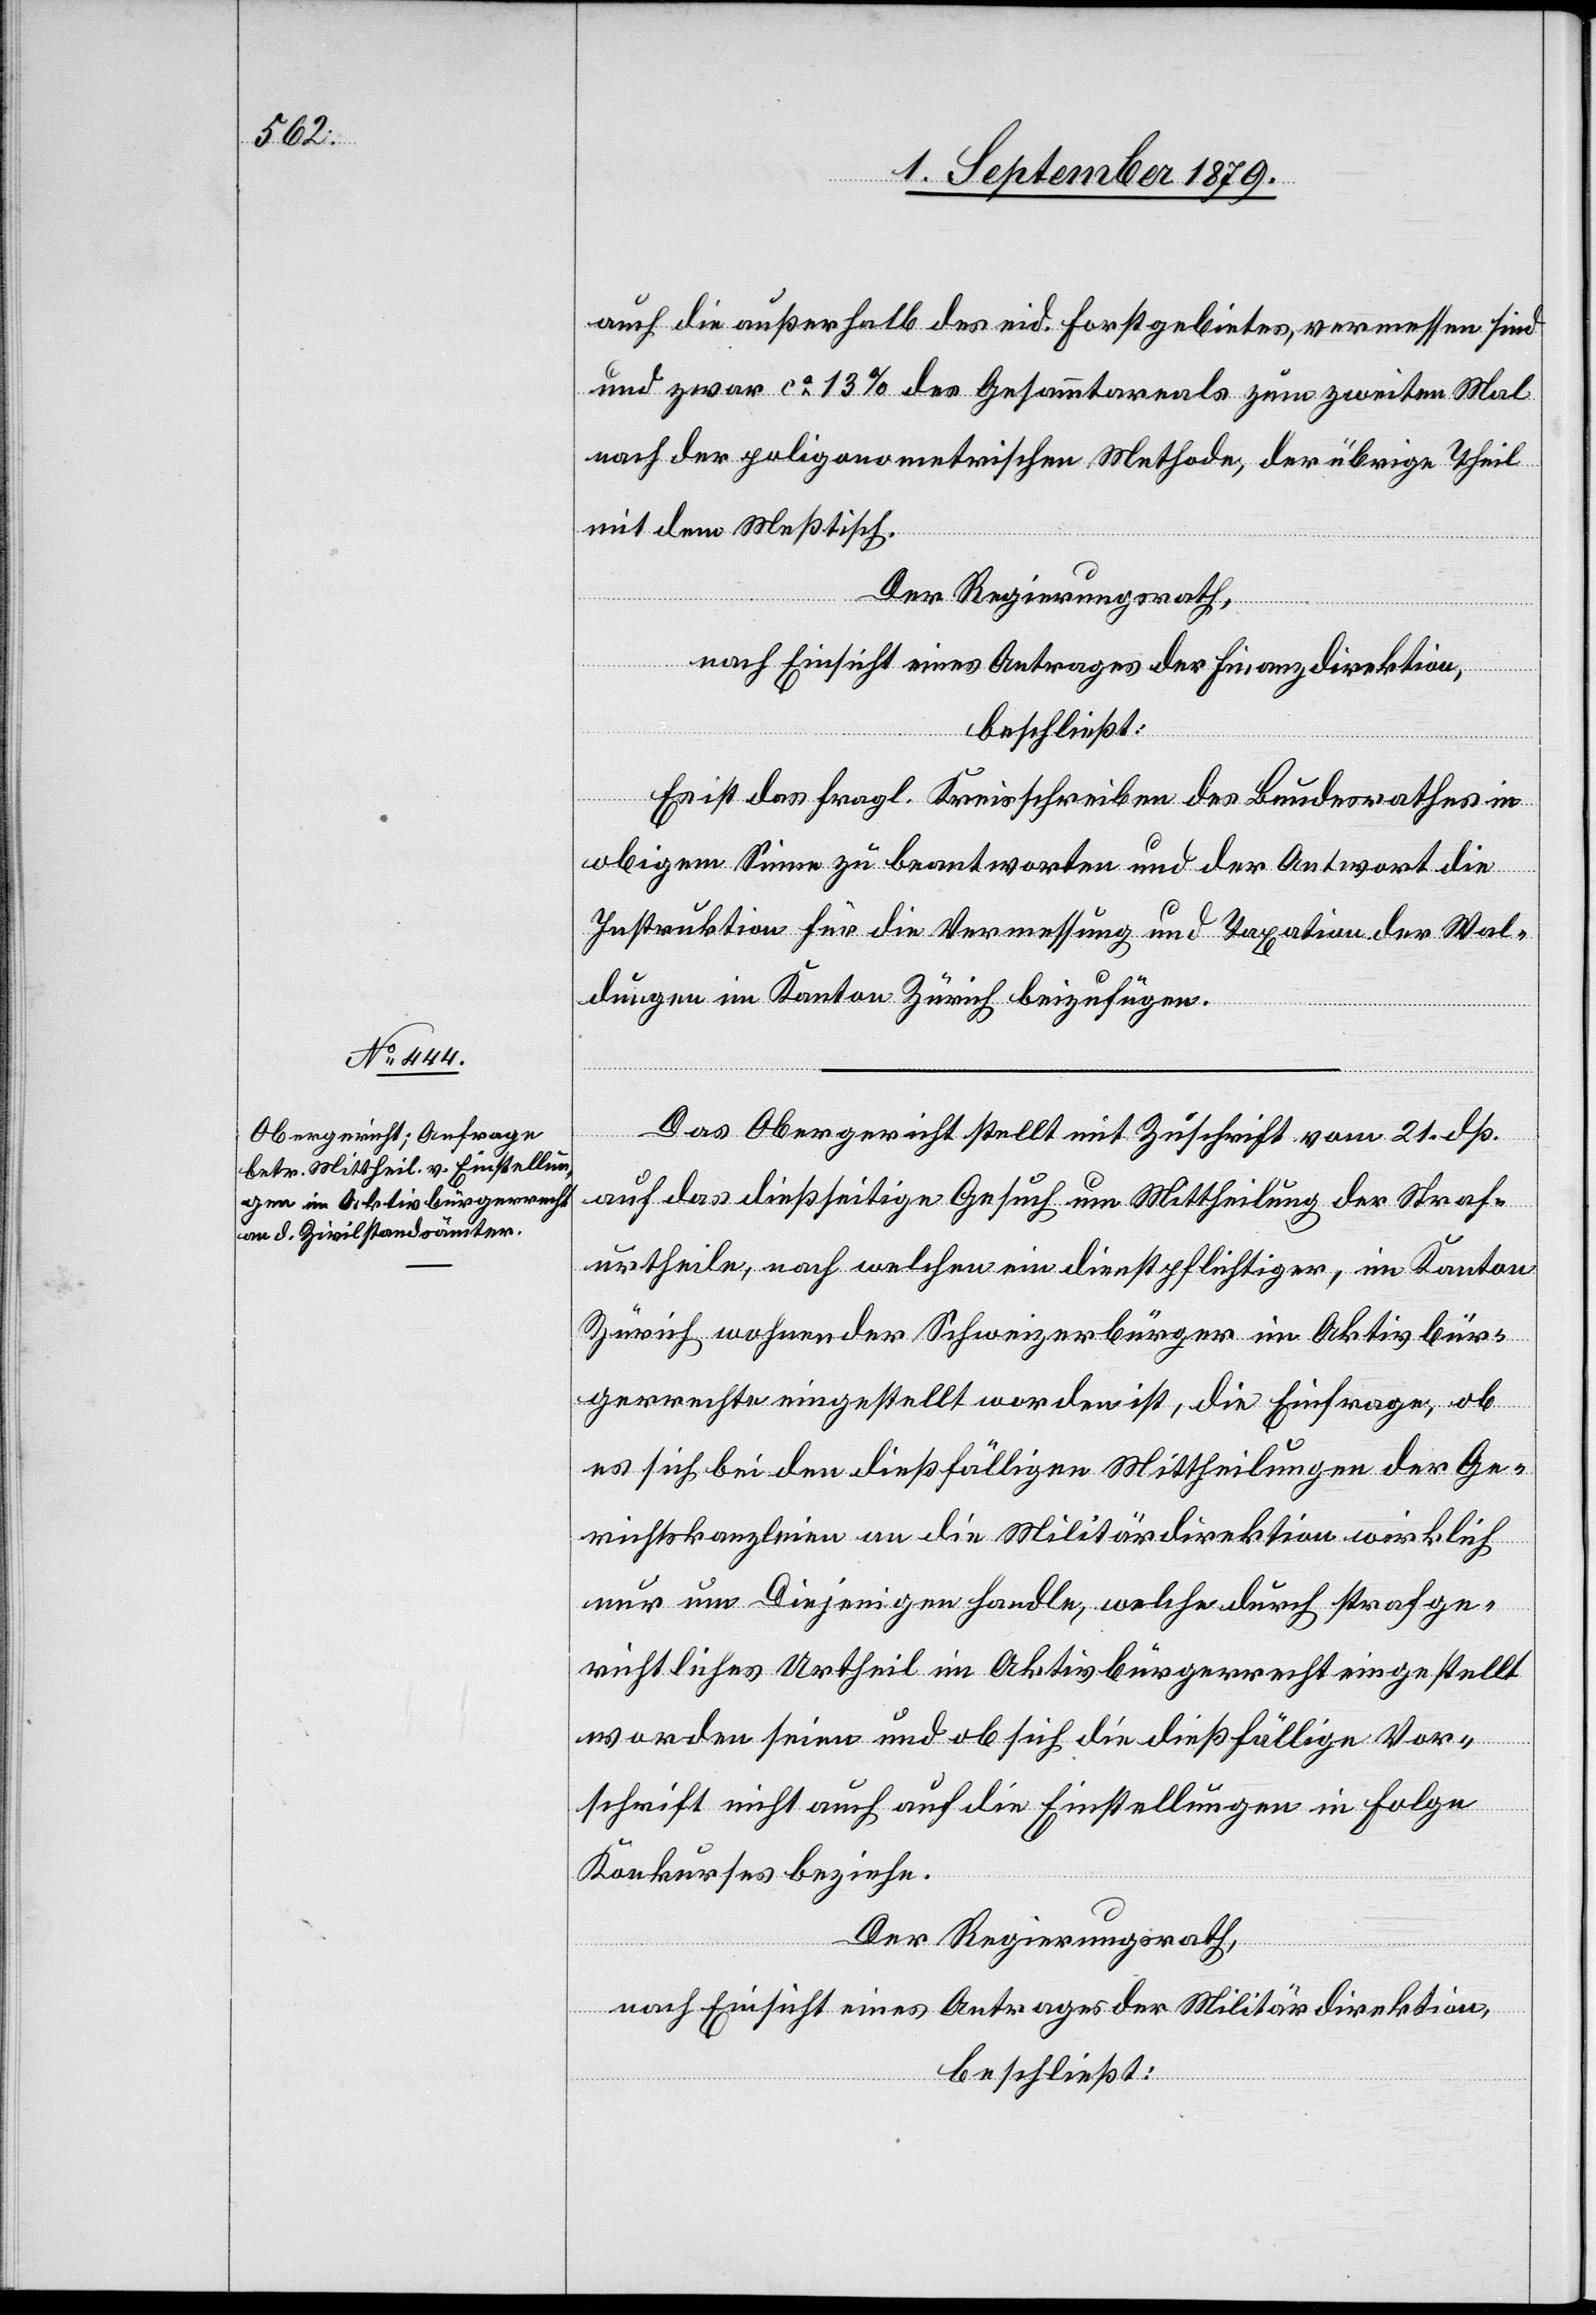
auch die außerhalb des eid. Forstgebietes, vermessen sind
und zwar ca 13% des Gesammtareals zum zweiten Mal
nach der poligonometrischen Methode, der übrige Theil
mit dem Meßtisch.
Der Regierungsrath,
nach Einsicht eines Antrages der Finanzdirektion,
beschließt:
Es ist das fragl. Kreisschreiben des Bundesrathes in
obigem Sinne zu beantworten und der Antwort die
Instruktion für die Vermessung und Taxation der Wal¬
dungen im Kanton Zürich beizufügen.
Das Obergericht stellt mit Zuschrift vom 21. dß.
auf das dießseitige Gesuch um Mittheilung der Straf¬
urtheile, nach welchen ein dienstpflichtiger, im Kanton
Zürich wohnender Schweizerbürger im Aktivbür¬
gerrechte eingestellt worden ist, die Einfrage, ob
es sich bei den dießfälligen Mittheilungen der Ge¬
richtskanzleien an die Militärdirektion wirklich
nur um diejenigen handle, welche durch strafge¬
richtliches Urtheil im Aktivbürgerrecht eingestellt
worden seien und ob sich die dießfällige Vor¬
schrift nicht auch auf die Einstellungen in Folge
Konkurses beziehe.
Der Regierungsrath,
nach Einsicht eines Antrages der Militärdirektion,
beschließt: